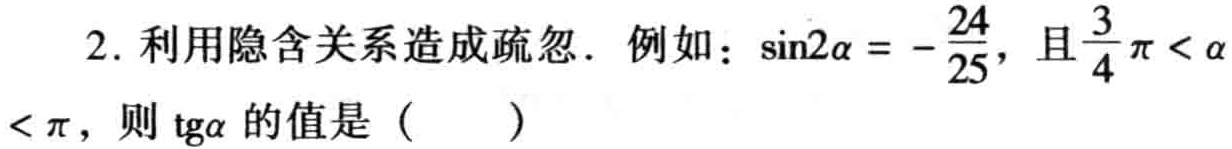
2. 利用隐含关系造成疏忽. 例如：$\sin2\alpha = -\frac{24}{25}$，且$\frac{3}{4}\pi < \alpha < \pi$，则$\mathrm{tg}\alpha$的值是（  ）